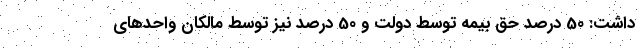
داشت: 50 درصد حق بیمه توسط دولت و 50 درصد نیز توسط مالکان واحدهای